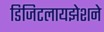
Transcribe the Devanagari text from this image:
डिजिटलायझेशने